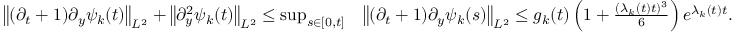
\begin{array} { r l } { \big \| ( \partial _ { t } + 1 ) \partial _ { y } \psi _ { k } ( t ) \big \| _ { L ^ { 2 } } + \big \| \partial _ { y } ^ { 2 } \psi _ { k } ( t ) \big \| _ { L ^ { 2 } } \leq \operatorname* { s u p } _ { s \in [ 0 , t ] } } & { \big \| ( \partial _ { t } + 1 ) \partial _ { y } \psi _ { k } ( s ) \big \| _ { L ^ { 2 } } \leq g _ { k } ( t ) \left( 1 + \frac { ( \lambda _ { k } ( t ) t ) ^ { 3 } } { 6 } \right) e ^ { \lambda _ { k } ( t ) t } . } \end{array}